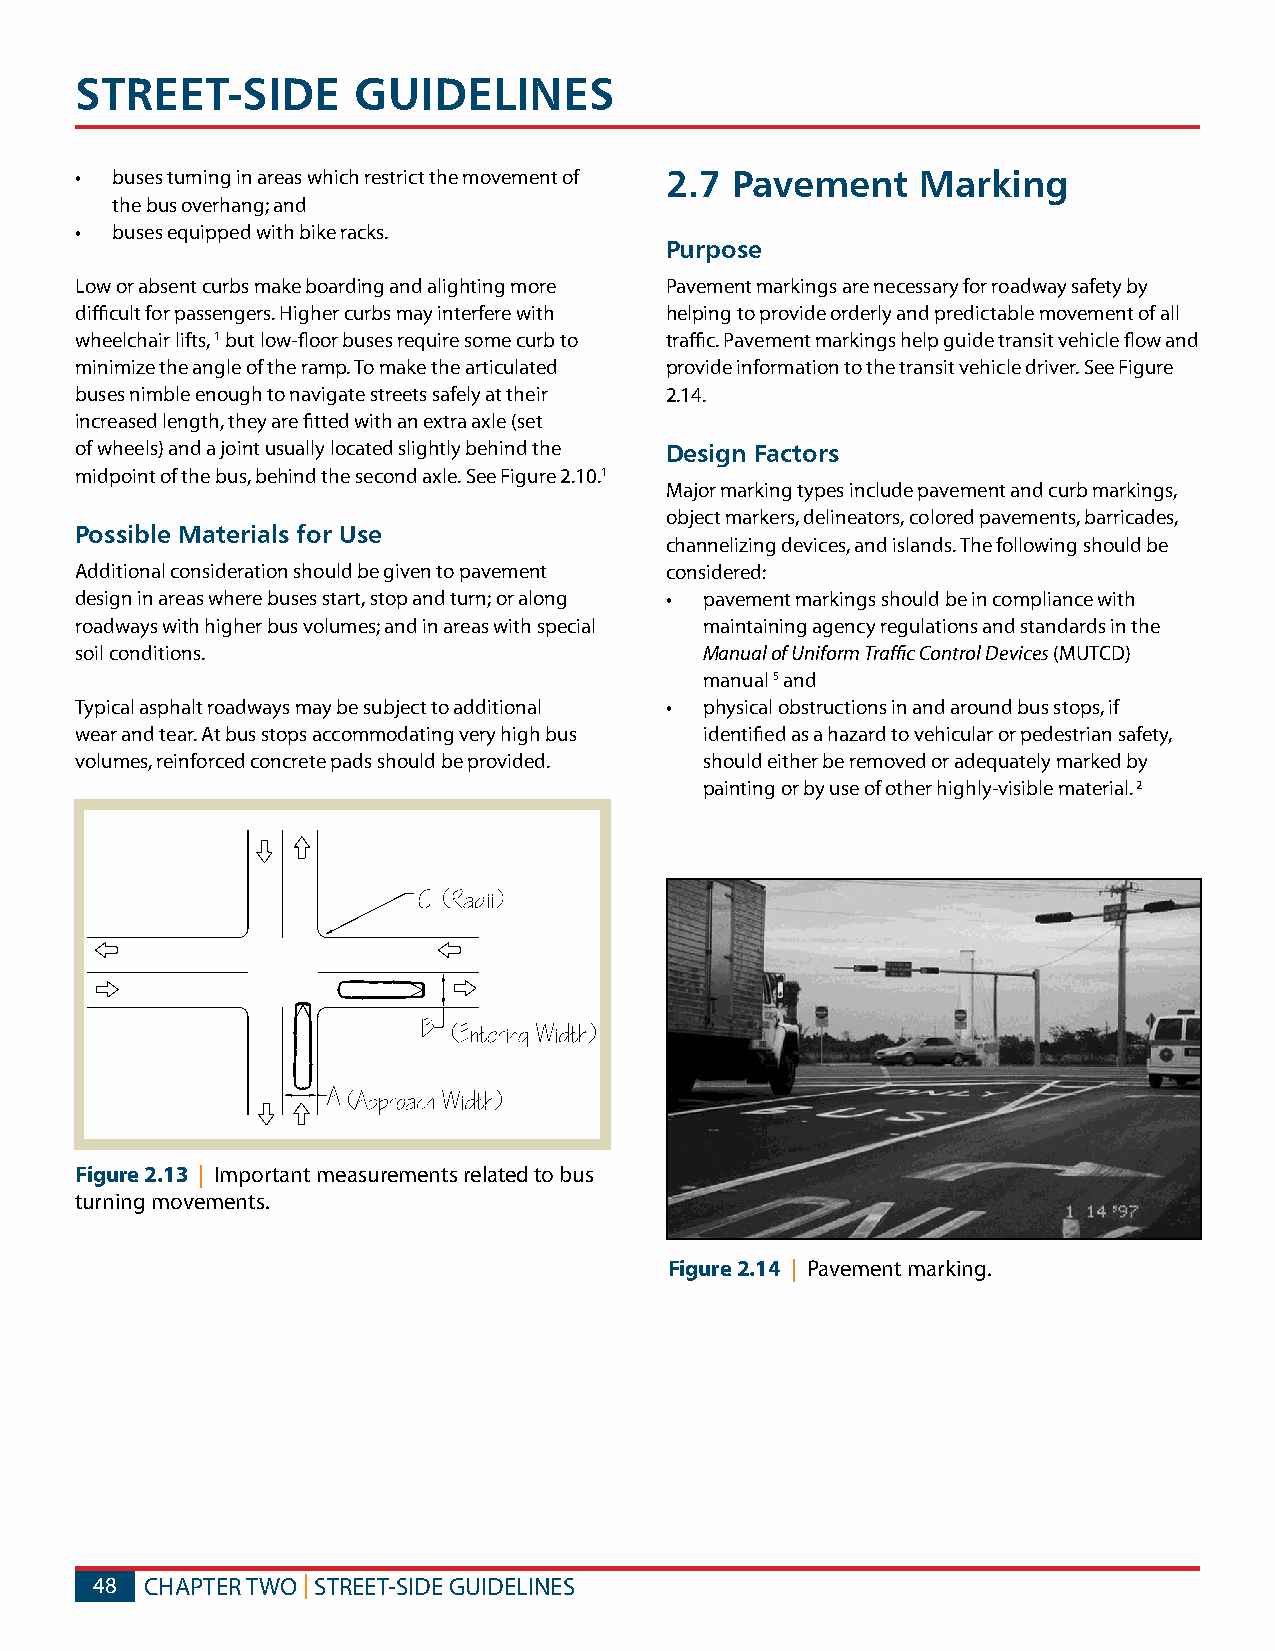
STREET-SIDE       GUIDELINES
 • buses turning in areas which restrict the movement of 2.7 Pavement Marking
 the bus overhang; and
 • buses equipped with bike racks.
 Purpose
 Low or absent curbs make boarding and alighting more Pavement markings are necessary for roadway safety by
 difficult for passengers. Higher curbs may interfere with helping to provide orderly and predictable movement of all
 wheelchair lifts, 1 but low-floor buses require some curb to traffic. Pavement markings help guide transit vehicle flow and
 minimize the angle of the ramp. To make the articulated provide information to the transit vehicle driver. See Figure
 buses nimble enough to navigate streets safely at their 2.14.
 increased length, they are fitted with an extra axle (set
 of wheels) and a joint usually located slightly behind the Design Factors
 midpoint of the bus, behind the second axle. See Figure 2.10.1
 Major marking types include pavement and curb markings,
 object markers, delineators, colored pavements, barricades,
 Possible Materials for Use
 channelizing devices, and islands. The following should be
 Additional consideration should be given to pavement considered:
 design in areas where buses start, stop and turn; or along • pavement markings should be in compliance with
 roadways with higher bus volumes; and in areas with special maintaining agency regulations and standards in the
 soil conditions.                          Manual of Uniform Traffic Control Devices (MUTCD)
 manual 5 and
 Typical asphalt roadways may be subject to additional • physical obstructions in and around bus stops, if
 wear and tear. At bus stops accommodating very high bus identified as a hazard to vehicular or pedestrian safety,
 volumes, reinforced concrete pads should be provided. should either be removed or adequately marked by
 painting or by use of other highly-visible material. 2
 Figure 2.13 | Important measurements related to bus
 turning movements.
 Figure 2.14 | Pavement marking.
 48  CHAPTER TWO | STREET-SIDE GUIDELINES